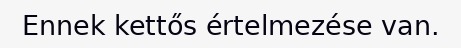
Ennek kettős értelmezése van.